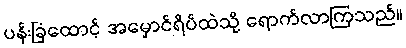
ပန်းခြံထောင့် အမှောင်ရိပ်ထဲသို့ ရောက်လာကြသည်။